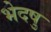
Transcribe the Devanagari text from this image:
भेदषु